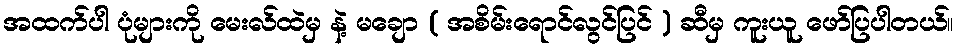
အထက်ပါ ပုံများကို မေးလ်ထဲမှ နဲ့ မချော ( အစိမ်းရောင်လွင်ပြင် ) ဆီမှ ကူးယူ ဖော်ပြပါတယ်။